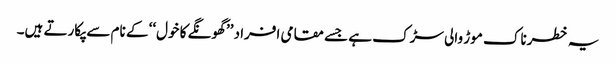
یہ خطرناک موڑ والی سڑک ہے جسے مقامی افراد ’’ گھونگے کا خول‘‘ کے نام سے پکارتے ہیں۔